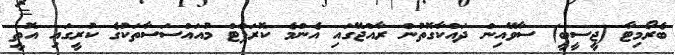
ބެރޯމިޓާ (ޖީސީބީ) ސާވޭއިން ދައްކާގޮތުން ރާއްޖޭގައި އެންމެ ކޮރަޕްޓް މުއައްސަސާތަކުގެ ކުރީގައި އޮތީ